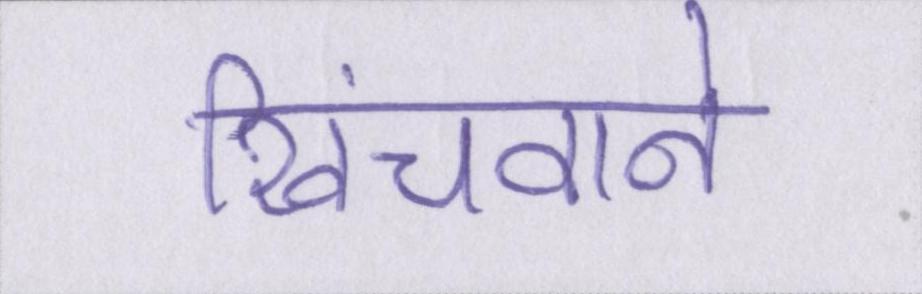
खिंचवाने